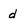
Character: d